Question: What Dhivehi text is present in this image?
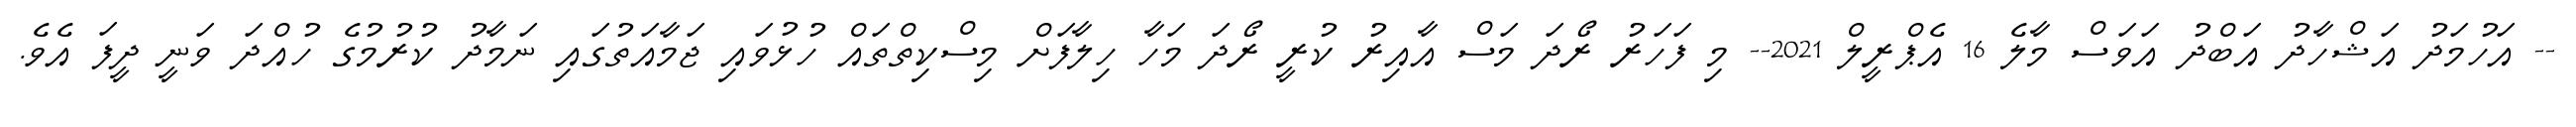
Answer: -- އަހުމަދު އަޝްހާދު އަބްދު އަވަސް މާލެ 16 އެޕްރީލް 2021-- މި ފަހަރު ރޯދަ މަސް އާއިރު ކުރީ ރޯދަ މަހާ ހިލާފަށް މިސްކިތްތައް ހުޅުވައި ޖަމާއަތުގައި ނަމާދު ކުރުމުގެ ހުއްދަ ވަނީ ދީފަ އެވެ.